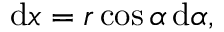
\mathrm { d } x = r \cos \alpha \, \mathrm { d } \alpha ,